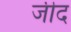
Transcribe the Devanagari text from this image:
जीद